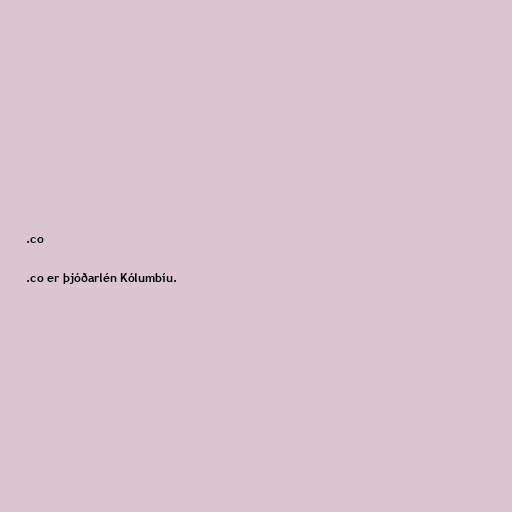
.co

.co er þjóðarlén Kólumbíu.